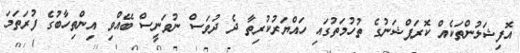
އޮފިޝަލުންތަކެއް ކޮރަޕްޝަނުގެ ތުހުމަތުގައި ހައްޔަރުކުރިތާ ދެ ދުވަސް ނުވަނީސް ބޭއްވި އިންތިހާބުގެ ފުރަތަމަ